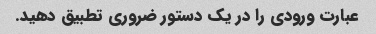
عبارت ورودی را در یک دستور ضروری تطبیق دهید.